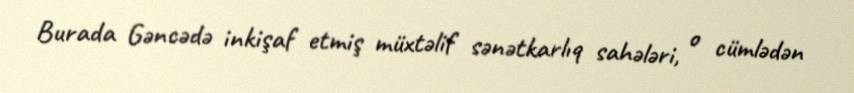
Burada Gəncədə inkişaf etmiş müxtəlif sənətkarlıq sahələri, o cümlədən